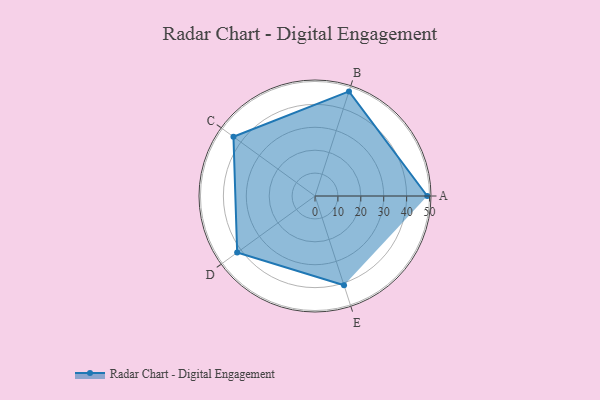
{"axis": {"x": "Skill", "y": "Score"}, "legend": ["Profile"], "data": [{"x": "A", "y": 49.0, "type": "Profile"}, {"x": "B", "y": 48.0, "type": "Profile"}, {"x": "C", "y": 44.0, "type": "Profile"}, {"x": "D", "y": 42.0, "type": "Profile"}, {"x": "E", "y": 41.0, "type": "Profile"}]}